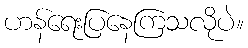
ဟန်ရေးပြနေကြသလိုပဲ။